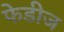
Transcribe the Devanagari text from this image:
फेडीज